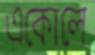
একোলে